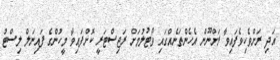
އަދި ރަށްވެހިވެފައިވާ ރަށްނޫން އެހެންތަނެއްގައި ވޯޓުލުމަށް ރަޖިސްޓަރީ ކޮށްފައިވާ މީހުންގެ ފައިނަލް ލިސްޓު